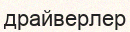
драйверлер